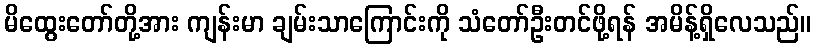
မိထွေးတော်တို့အား ကျန်းမာ ချမ်းသာကြောင်းကို သံတော်ဦးတင်ဖို့ရန် အမိန့်ရှိလေသည်။